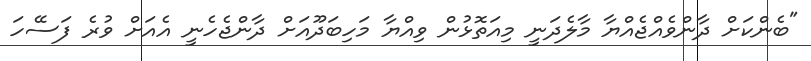
"ބެންކަށް ދާންވެއްޖެއްޔާ މާލެދަނީ މިއަތޮޅުން ވިއްޔާ މަހިބަދޫއަށް ދާންޖެހެނީ އެއަށް ވުރެ ފަސޭހަ